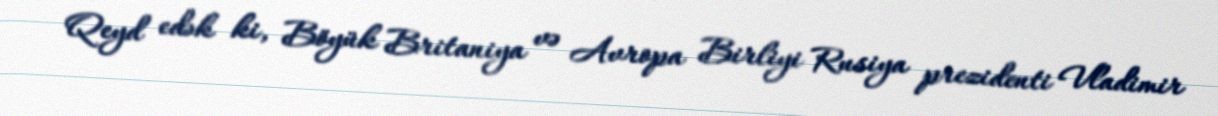
Qeyd edək ki, Böyük Britaniya və Avropa Birliyi Rusiya prezidenti Vladimir